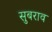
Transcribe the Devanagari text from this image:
सुबराव